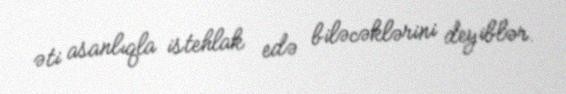
əti asanlıqla istehlak edə biləcəklərini deyiblər.